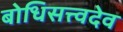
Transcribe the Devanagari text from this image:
बोधिसत्त्वदेव